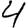
Digit: 4